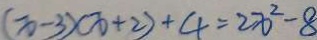
( x - 3 ) ( x + 2 ) + 4 = 2 x ^ { 2 } - 8